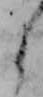
よ